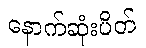
နောက်ဆုံးပိတ်